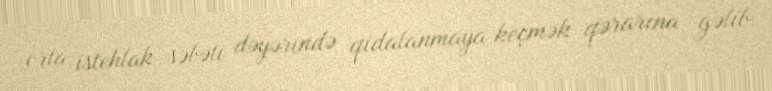
orta istehlak səbəti dəyərində qidalanmaya keçmək qərarına gəlib.